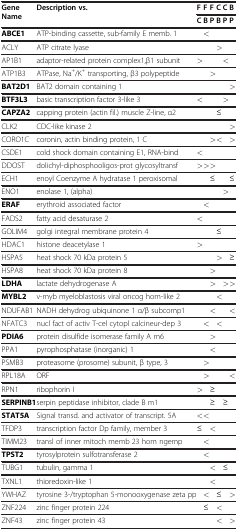
<table><thead><tr><td rowspan="2"><b>Gene Name</b></td><td rowspan="2"><b>Description vs.</b></td><td><b>F</b></td><td><b>F</b></td><td><b>F</b></td><td><b>C</b></td><td><b>C</b></td><td><b>B</b></td></tr><tr><td><b>C</b></td><td><b>B</b></td><td><b>P</b></td><td><b>B</b></td><td><b>P</b></td><td><b>P</b></td></tr></thead><tbody><tr><td><b>ABCE1</b></td><td>ATP-binding cassette, sub-family E memb. 1</td><td> </td><td>&lt;</td><td> </td><td> </td><td> </td><td> </td></tr><tr><td>ACLY</td><td>ATP citrate lyase</td><td> </td><td> </td><td> </td><td>&gt;</td><td> </td><td> </td></tr><tr><td>AP1B1</td><td>adaptor-related protein complex1,β1 subunit</td><td>&gt;</td><td> </td><td> </td><td> </td><td>&lt;</td><td> </td></tr><tr><td>ATP1B3</td><td>ATPase, Na<sup>+</sup>/K<sup>+</sup> transporting, β3 polypeptide</td><td> </td><td> </td><td>&gt;</td><td> </td><td> </td><td> </td></tr><tr><td><b>BAT2D1</b></td><td>BAT2 domain containing 1</td><td> </td><td> </td><td> </td><td> </td><td> </td><td>&gt;</td></tr><tr><td><b>BTF3L3</b></td><td>basic transcription factor 3-like 3</td><td>&lt;</td><td> </td><td> </td><td> </td><td>&gt;</td><td> </td></tr><tr><td><b>CAPZA2</b></td><td>capping protein (actin fil.) muscle Z-line, α2</td><td> </td><td> </td><td> </td><td>≤</td><td> </td><td> </td></tr><tr><td>CLK2</td><td>CDC-like kinase 2</td><td> </td><td> </td><td> </td><td> </td><td> </td><td>&gt;</td></tr><tr><td>CORO1C</td><td>coronin, actin binding protein, 1 C</td><td> </td><td> </td><td>&gt;</td><td>&lt;</td><td> </td><td>&gt;</td></tr><tr><td>CSDE1</td><td>cold shock domain containing E1, RNA-bind</td><td>&lt;</td><td> </td><td> </td><td> </td><td> </td><td> </td></tr><tr><td>DDOST</td><td>dolichyl-diphosphooligos-prot glycosyltransf</td><td>&gt;</td><td>&gt;</td><td>&gt;</td><td> </td><td> </td><td> </td></tr><tr><td>ECH1</td><td>enoyl Coenzyme A hydratase 1 peroxisomal</td><td> </td><td> </td><td>≤</td><td> </td><td> </td><td>≤</td></tr><tr><td>ENO1</td><td>enolase 1, (alpha)</td><td> </td><td> </td><td> </td><td> </td><td>&gt;</td><td> </td></tr><tr><td><b>ERAF</b></td><td>erythroid associated factor</td><td> </td><td>&lt;</td><td> </td><td> </td><td> </td><td> </td></tr><tr><td>FADS2</td><td>fatty acid desaturase 2</td><td>&lt;</td><td> </td><td> </td><td> </td><td> </td><td> </td></tr><tr><td>GOLIM4</td><td>golgi integral membrane protein 4</td><td> </td><td> </td><td> </td><td>≤</td><td> </td><td> </td></tr><tr><td>HDAC1</td><td>histone deacetylase 1</td><td>&gt;</td><td> </td><td> </td><td> </td><td> </td><td> </td></tr><tr><td>HSPA5</td><td>heat shock 70 kDa protein 5</td><td> </td><td> </td><td> </td><td>&gt;</td><td> </td><td>≥</td></tr><tr><td>HSPA8</td><td>heat shock 70 kDa protein 8</td><td> </td><td> </td><td>&gt;</td><td> </td><td> </td><td> </td></tr><tr><td><b>LDHA</b></td><td>lactate dehydrogenase A</td><td> </td><td> </td><td>&gt;</td><td> </td><td>&gt;</td><td>&gt;</td></tr><tr><td><b>MYBL2</b></td><td>v-myb myeloblastosis viral oncog hom-like 2</td><td> </td><td> </td><td> </td><td>&lt;</td><td> </td><td> </td></tr><tr><td>NDUFAB1</td><td>NADH dehydrog ubiquinone 1 α/β subcomp1</td><td> </td><td> </td><td>&lt;</td><td> </td><td> </td><td>&lt;</td></tr><tr><td>NFATC3</td><td>nucl fact of activ T-cel cytopl calcineur-dep 3</td><td> </td><td>&lt;</td><td> </td><td>&lt;</td><td> </td><td> </td></tr><tr><td><b>PDIA6</b></td><td>protein disulfide isomerase family A m6</td><td> </td><td> </td><td>&gt;</td><td> </td><td> </td><td> </td></tr><tr><td>PPA1</td><td>pyrophosphatase (inorganic) 1</td><td> </td><td> </td><td>&lt;</td><td> </td><td> </td><td> </td></tr><tr><td>PSMB3</td><td>proteasome (prosome) subunit, β type, 3</td><td> </td><td>&gt;</td><td> </td><td> </td><td> </td><td> </td></tr><tr><td>RPL18A</td><td>ORF</td><td> </td><td>&gt;</td><td> </td><td> </td><td> </td><td>&lt;</td></tr><tr><td>RPN1</td><td>ribophorin I</td><td>&gt;</td><td> </td><td>≥</td><td> </td><td> </td><td> </td></tr><tr><td><b>SERPINB1</b></td><td>serpin peptidase inhibitor, clade B m1</td><td> </td><td> </td><td>≥</td><td> </td><td>≥</td><td> </td></tr><tr><td><b>STAT5A</b></td><td>Signal transd. and activator of transcript. 5A</td><td>&lt;</td><td>&lt;</td><td> </td><td> </td><td> </td><td> </td></tr><tr><td>TFDP3</td><td>transcription factor Dp family, member 3</td><td>≤</td><td> </td><td>&lt;</td><td> </td><td> </td><td> </td></tr><tr><td>TIMM23</td><td>transl of inner mitoch memb 23 hom ngemp</td><td> </td><td>&lt;</td><td> </td><td> </td><td> </td><td> </td></tr><tr><td><b>TPST2</b></td><td>tyrosylprotein sulfotransferase 2</td><td> </td><td>&lt;</td><td> </td><td> </td><td> </td><td> </td></tr><tr><td>TUBG1</td><td>tubulin, gamma 1</td><td> </td><td> </td><td>&lt;</td><td> </td><td>≤</td><td> </td></tr><tr><td>TXNL1</td><td>thioredoxin-like 1</td><td> </td><td> </td><td>&lt;</td><td> </td><td> </td><td> </td></tr><tr><td>YWHAZ</td><td>tyrosine 3-/tryptophan 5-monooxygenase zeta pp</td><td> </td><td>&lt;</td><td> </td><td>≤</td><td> </td><td>&gt;</td></tr><tr><td>ZNF224</td><td>zinc finger protein 224</td><td> </td><td>≤</td><td> </td><td>&lt;</td><td> </td><td> </td></tr><tr><td>ZNF43</td><td>zinc finger protein 43</td><td> </td><td> </td><td> </td><td>&lt;</td><td> </td><td>&gt;</td></tr></tbody></table>